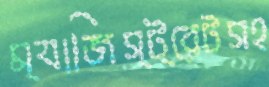
ম্যাজিস্ট্রেটসহ